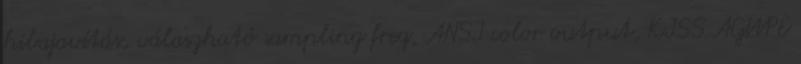
hibajavítás, válaszható sampling freq, ANSI color output, KISS AGWPE